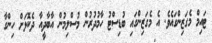
ޓައިމް މެގަޒިންގައެވެ. އެ މެގަޒިންގައި ބުޑިސްޓު ހާމުދުރުން މުސްލިމުން އާބާދީއާ ދެކޮޅަށް ހިންގާ